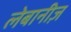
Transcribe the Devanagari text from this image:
लेबानीज़